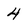
Character: 4